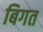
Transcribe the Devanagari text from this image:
बिगत